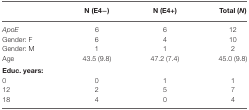
|  | N (E4−) | N (E4+) | Total (N) |
 | --- | --- | --- | --- |
 | ApoE | 6 | 6 | 12 |
 | Gender: F | 6 | 4 | 10 |
 | Gender: M | 1 | 1 | 2 |
 | Age | 43.5 (9.8) | 47.2 (7.4) | 45.0 (9.8) |
 | Educ. years: |
 | 0 | 0 | 1 | 1 |
 | 12 | 2 | 5 | 7 |
 | 18 | 4 | 0 | 4 |